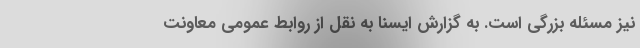
نیز مسئله بزرگی است. به گزارش ایسنا به نقل از روابط عمومی معاونت